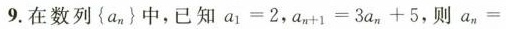
9.在数列{a_{n}}中，已知$$a _ { 1 } = 2$$，$$a _ { n + 1 } + 1 = 3 a _ { n } + 5$$，则$$a _ { n } =